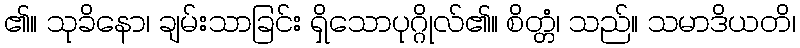
၏။ သုခိနော၊ ချမ်းသာခြင်း ရှိသောပုဂ္ဂိုလ်၏။ စိတ္တံ၊ သည်။ သမာဒိယတိ၊